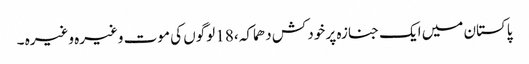
پاکستان میں ایک جنازہ پر خود کش دھماکہ ،18 لوگوں کی موت وغیرہ وغیرہ ۔